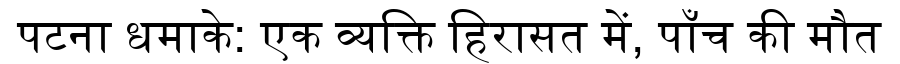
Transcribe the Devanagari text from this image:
पटना धमाके: एक व्यक्ति हिरासत में, पाँच की मौत